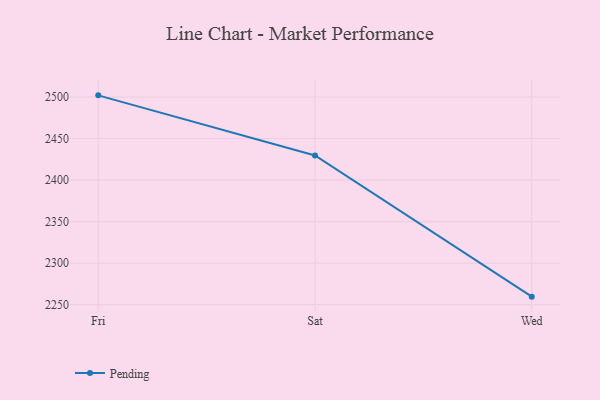
{"axis": {"x": "Day", "y": "Shipments"}, "legend": ["Pending"], "data": [{"x": "Fri", "y": 2502.1, "type": "Pending"}, {"x": "Sat", "y": 2429.7, "type": "Pending"}, {"x": "Wed", "y": 2259.7, "type": "Pending"}]}